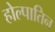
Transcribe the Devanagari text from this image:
होल्पातिन